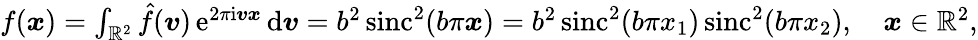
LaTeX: \begin{array}{r}{f(\boldsymbol x)=\int_{\mathbb R^{2}}\hat{f}(\boldsymbol v)\, \mathrm e^{2\pi\mathrm i\boldsymbol v\boldsymbol x}\, \mathrm{d}\boldsymbol v=b^{2}\, \mathrm{sinc}^{2}(b\pi\boldsymbol x)=b^{2}\, \mathrm{sinc}^{2}(b\pi x_{1})\, \mathrm{sinc}^{2}(b\pi x_{2}),\quad\boldsymbol x\in\mathbb R^{2},}\end{array}